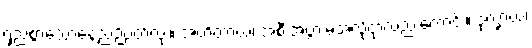
ရှည်စွာသောနေ့ညဉ့်ပတ်လုံး။ အဟိတာယ၊ အစီးအပွားမဲ့အလိုငှာလည်းကောင်း။ ဒုက္ခာယ၊